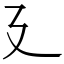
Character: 廴